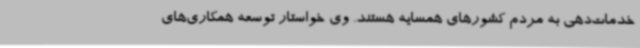
خدمات‌دهی به مردم کشورهای همسایه هستند. وی خواستار توسعه همکاری‌های